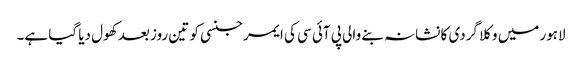
لاہور میں وکلا گردی کا نشانہ بنے والی پی آئی سی کی ایمرجنسی کو تین روز بعد کھول دیا گیا ہے۔